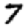
Digit: 7